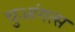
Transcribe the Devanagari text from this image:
चुआंगत्स